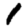
Digit: 1